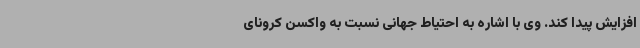
افزایش پیدا کند. وی با اشاره به احتیاط جهانی نسبت به واکسن کرونای